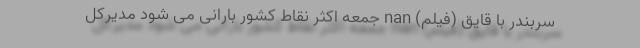
سربندر با قایق (فیلم) nan جمعه اکثر نقاط کشور بارانی می شود مدیرکل